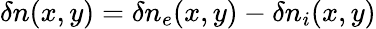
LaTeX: \delta n(x,y)=\delta n_{e}(x,y)-\delta n_{i}(x,y)